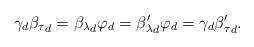
LaTeX: \begin{align*}\gamma_d {\beta_\tau}_d = {\beta_\lambda}_d \varphi_d= {\beta'_\lambda}_d \varphi_d= \gamma_d {\beta'_\tau}_d.\end{align*}